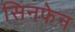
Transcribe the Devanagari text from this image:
सिनफेन